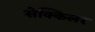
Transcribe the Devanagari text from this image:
सेक्किलर